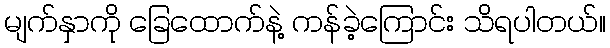
မျက်နှာကို ခြေထောက်နဲ့ ကန်ခဲ့ကြောင်း သိရပါတယ်။